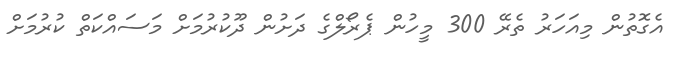
އެގޮތުން މިއަހަރު ތެރޭ 300 މީހުން ޕެރޯލްގެ ދަށުން ދޫކުރުމަށް މަސައްކަތް ކުރުމަށް